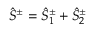
\hat { S } ^ { \pm } = \hat { S } _ { 1 } ^ { \pm } + \hat { S } _ { 2 } ^ { \pm }